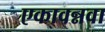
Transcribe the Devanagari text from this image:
एकावन्नवा